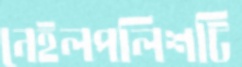
নেইলপলিশটি